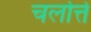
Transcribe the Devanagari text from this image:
चर्लोत्ते